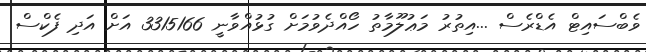
ވެބްސައިޓް އެޑްރެސް ...އިތުރު މަޢުލޫމާތު ހޯއްދެވުމަށް ގުޅުއްވާނީ 3315166 އަށް އަދި ފެކްސް